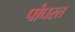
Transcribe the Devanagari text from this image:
पांघरत